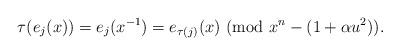
LaTeX: \begin{align*}\tau(e_j(x))=e_j(x^{-1})=e_{\tau(j)}(x) \ ({\rm mod} \ x^n-(1+\alpha u^2)).\end{align*}